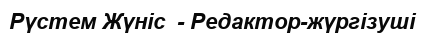
Рүстем Жүніс  - Редактор-жүргізуші